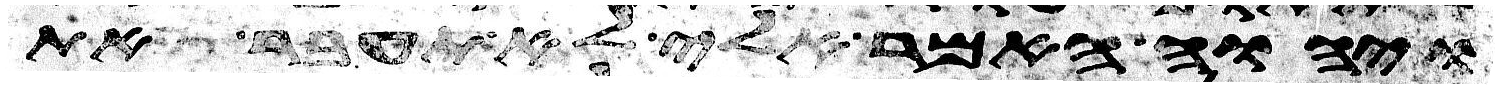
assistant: ויהוה האמר אלי לא תעבר את